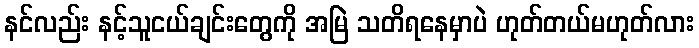
နင်လည်း နင့်သူငယ်ချင်းတွေကို အမြဲ သတိရနေမှာပဲ ဟုတ်တယ်မဟုတ်လား